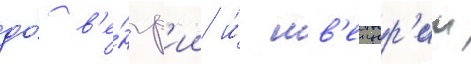
до́ в'е́нгр'ии и́ шв'еицар'ии